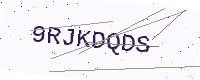
Text: 9RJKDQDS